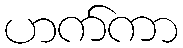
ဟက်ကာ